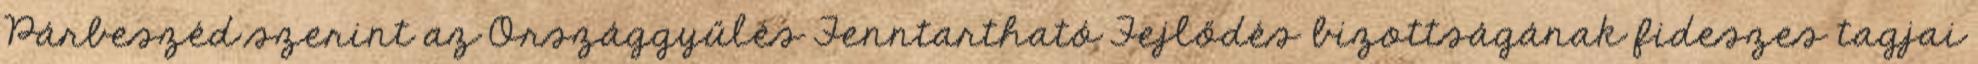
Párbeszéd szerint az Országgyűlés Fenntartható Fejlődés bizottságának fideszes tagjai